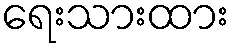
ရေးသားထား